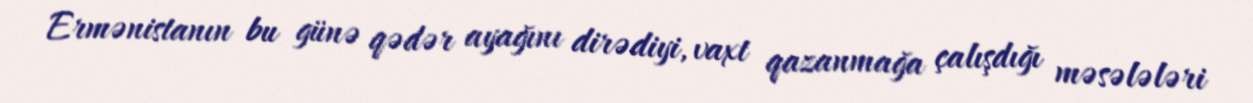
Ermənistanın bu günə qədər ayağını dirədiyi, vaxt qazanmağa çalışdığı məsələləri